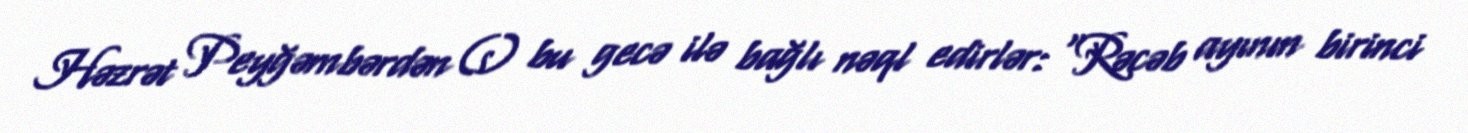
Həzrət Peyğəmbərdən (s) bu gecə ilə bağlı nəql edirlər: "Rəcəb ayının birinci